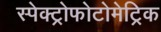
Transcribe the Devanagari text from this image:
स्पेक्ट्रोफोटोमेट्रिक